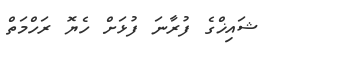
ޝައިޚްގެ ފުރާނަ ފުޅަށް ހެޔޮ ރަހްމަތް